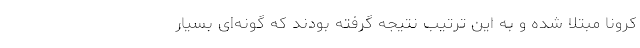
کرونا مبتلا شده و به این ترتیب نتیجه گرفته بودند که گونه‌ای بسیار